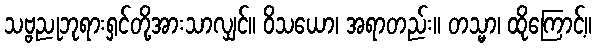
သဗ္ဗညုဘုရားရှင်တို့အားသာလျှင်။ ဝိသယော၊ အရာတည်း။ တသ္မာ၊ ထိုကြောင့်။